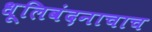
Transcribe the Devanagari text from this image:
धूलिवंदनाचाच